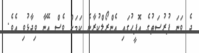
ދެ ވަނަ ފުރުސަތުގެ އޮފީހުގައި އެންރޯލްކުރާނެ ކަމަށް ވެސް އޭނާ ވިދާޅުވި އެވެ.